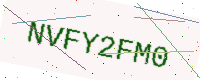
Text: NVFY2FM0